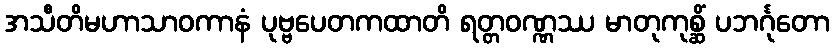
အသီတိမဟာသာဝကာနံ ပုဗ္ဗပေတကထာတိ ရတ္တဝဏ္ဏဿ မာတုကုစ္ဆိံ ပဘင်္ဂုတော